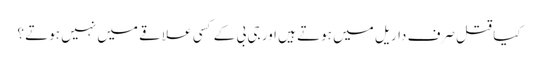
کیا قتل صرف داریل میں ہوتے ہیں اور جی بی کے کسی علاقے میں نہیں ہوتے ؟